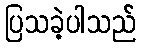
ပြသခဲ့ပါသည်